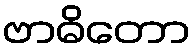
ဗာဓိတော